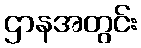
ဌာနအတွင်း